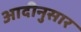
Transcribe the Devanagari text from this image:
आदीनुसार